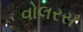
વોલરસ